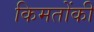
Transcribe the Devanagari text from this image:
किमतोंकी